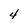
Character: 4